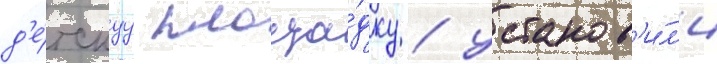
д'е́тскуу площа́дку / установ'и́л'и